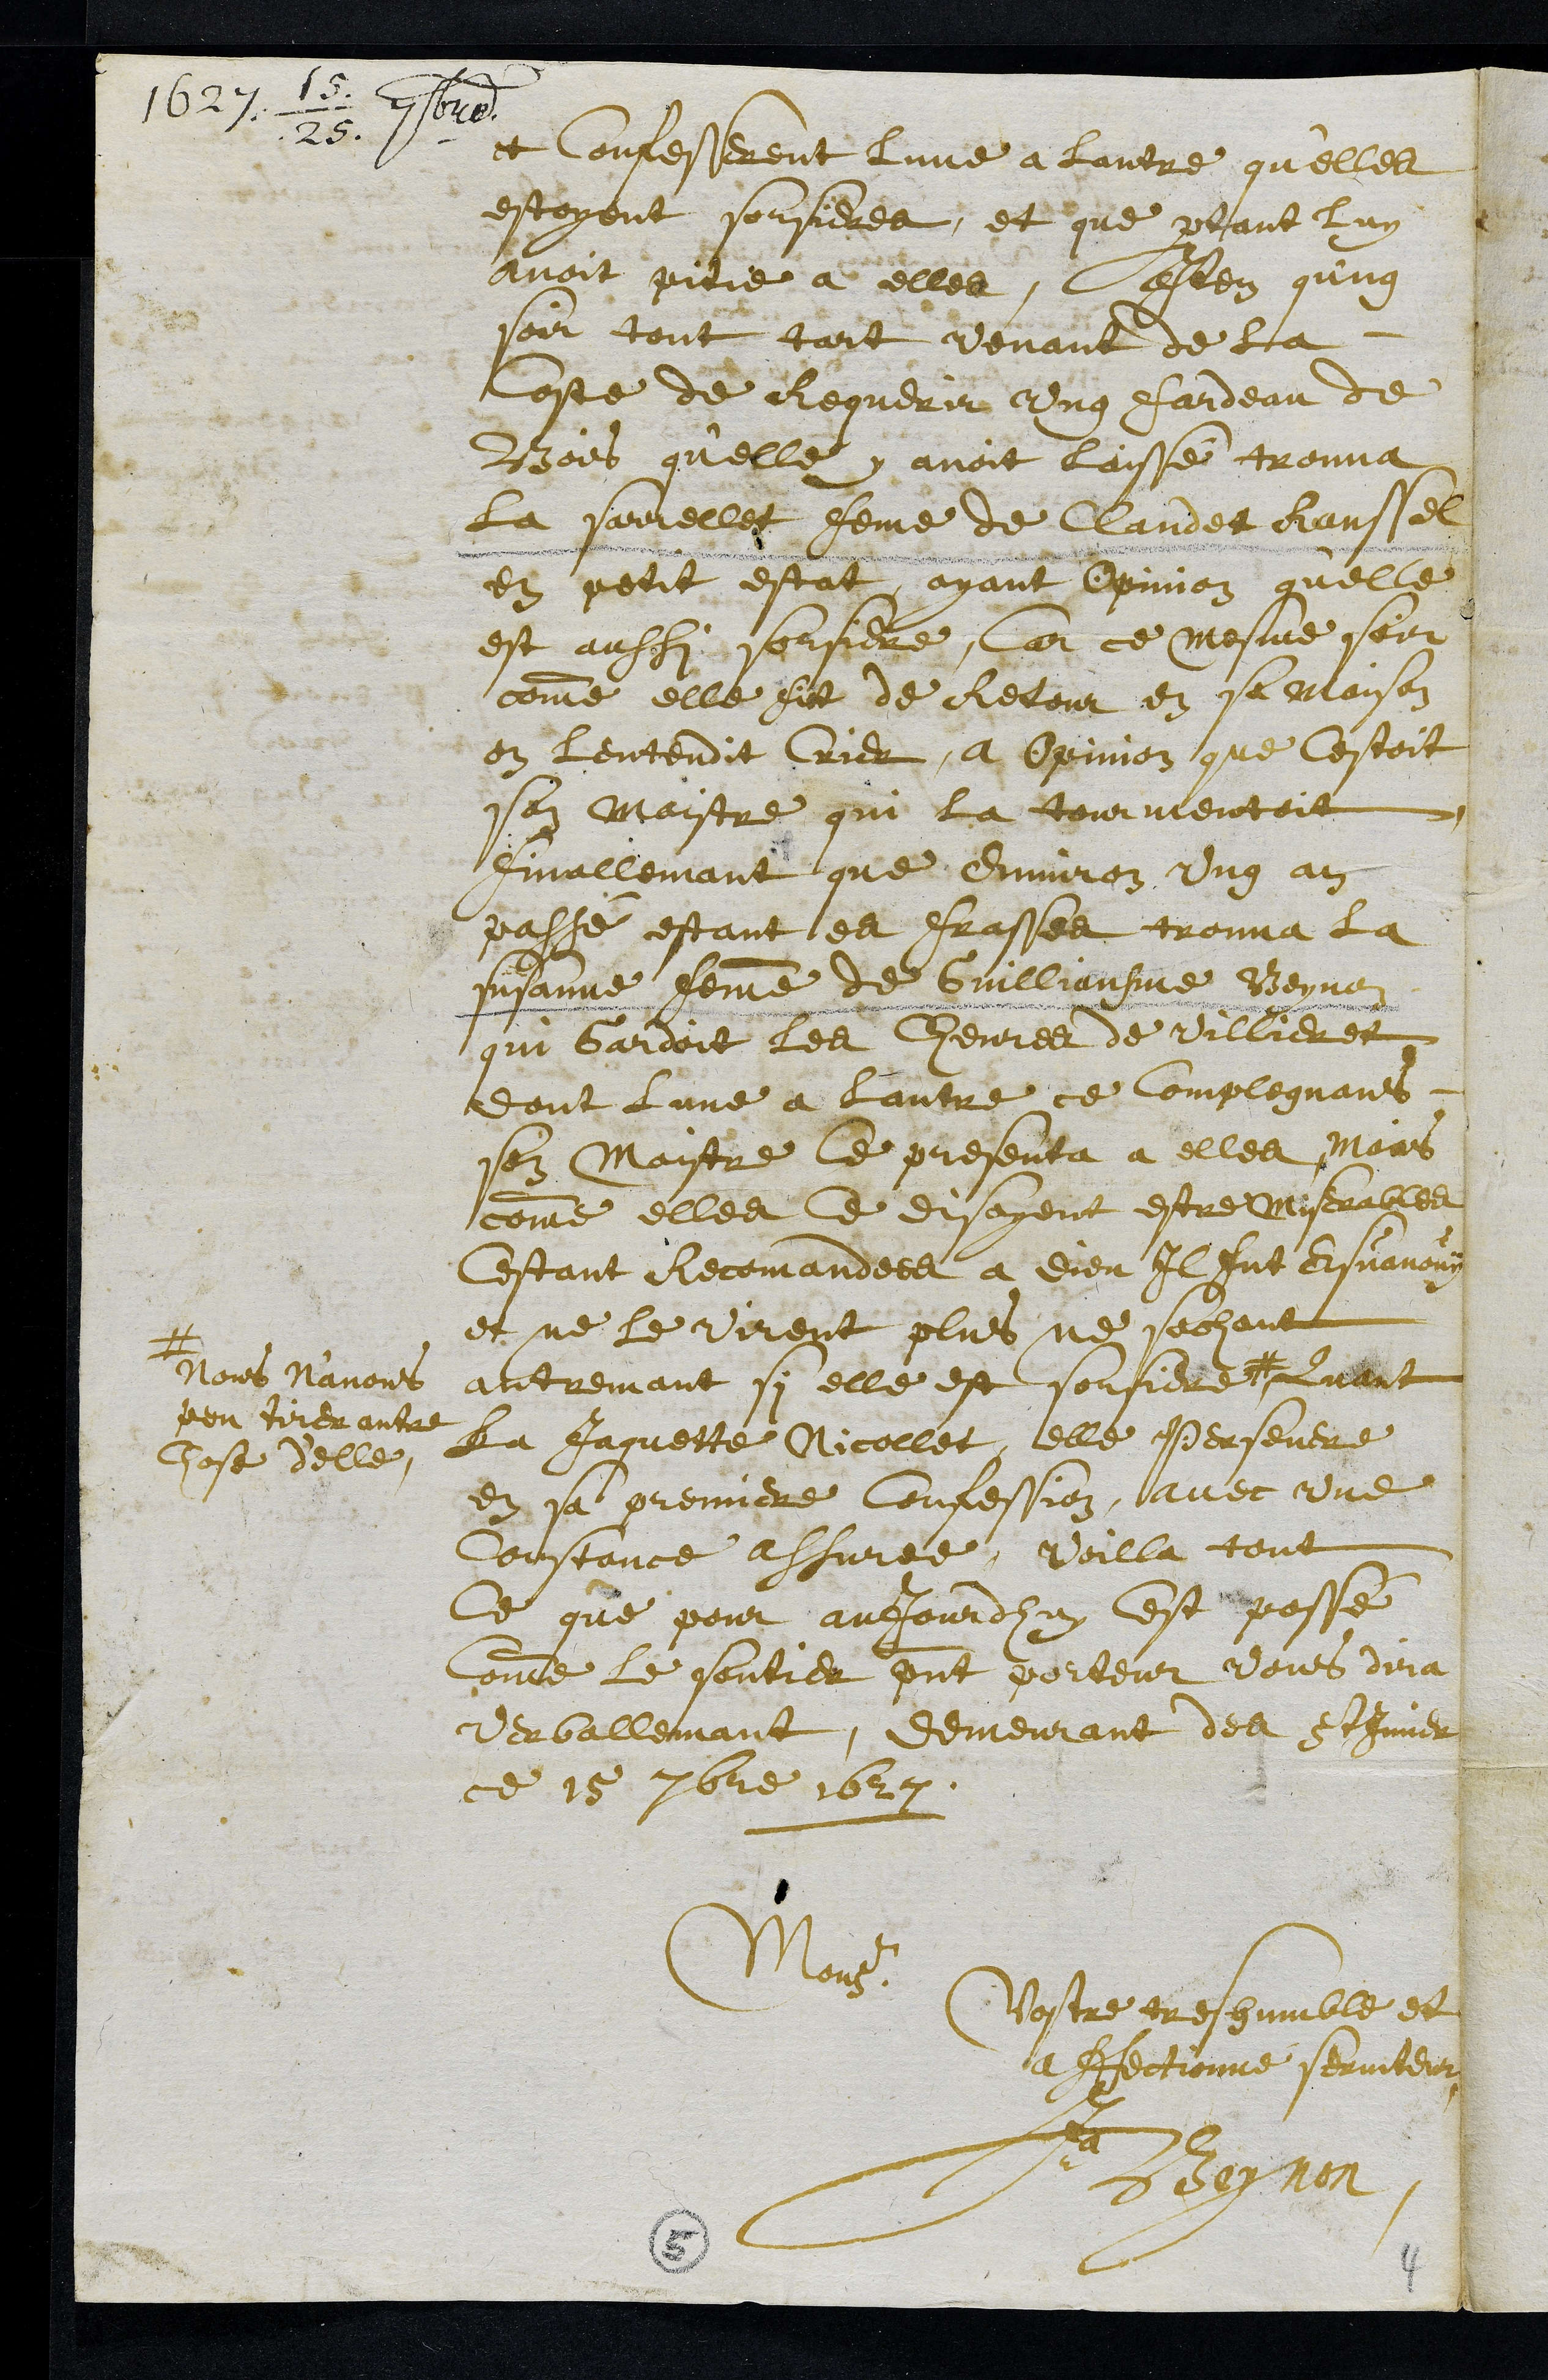
1627 15/25 7bre
et confesserent lune a lautre qu'elles
estoyent sorcieres, et que partant luy
avoit pitie a elle, Item qung
soir tout tart venant de la
coste de requerir ung fardeau de
Bois qu'elle y avoit laissé trouva
La Sarrellet feme de Claudet Raussel
en petit estat, ayant opinion qu'elle
est aussi sorciere, Car ce mesme soir
comme elle fut de retour en sa maison
on lentendit crier, a Opinion que cestoit
son Maistre qui la tourmentoit
finallemant que environ ung an
passé estant es Frasses trouva la
susanne femme de Guilliausme Beynon
qui gardoit les chevres de Villieret
dont lune a lautre ce complegnans
son Maistre ce presenta a elle, mais
comme elles ce disoyent estre miserables
cestant recomandees a dieu Il fut esvanouy
et ne le virent plus ne sachant
autremant si elle est sorciere #
# Nous N'avons
peu tirer autre
chose d'elle
Quant
La Jaquette Nicollet, elle Persevere
en sa premiere confession, avec une
constance assuree. Voilla tout
Ce que pour aujourdhuy cest passé
comme le soutier present porteur vous dira
verballemant, demeurant des St Imier
ce 15 7bre 1627.
Monsr
Vostre tres humble et
affectionné serviteur
Ja Beynon
5
4